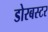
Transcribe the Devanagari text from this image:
डोरबस्टर